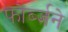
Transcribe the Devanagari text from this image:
फोर्ब्जने